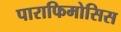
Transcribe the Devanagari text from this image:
पाराफिमोसिस